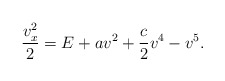
\begin{align*}\frac{v_x^2}{2}=E+av^2+\frac{c}{2}v^4-v^5.\end{align*}